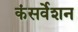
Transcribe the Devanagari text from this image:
कंसर्वेशन